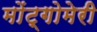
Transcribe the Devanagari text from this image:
मोंट्गोमेरी